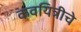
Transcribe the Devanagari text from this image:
कवयित्रीचे